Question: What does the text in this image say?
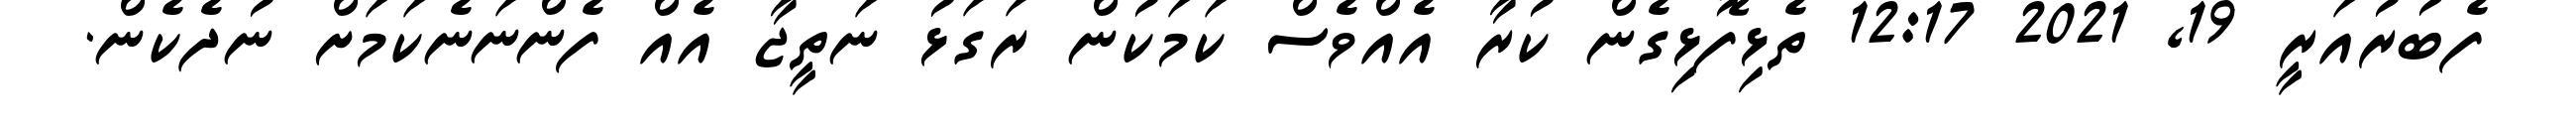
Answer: ފެބުރުއަރީ 19, 2021 12:17 ތެޅިފޮޅިގެން ކުރާ އެއްވެސް ކަމަކުން ރަގަޅު ނަތީޖާ އެއް ފެންނަނެކަމަށް ނުދެކެން.